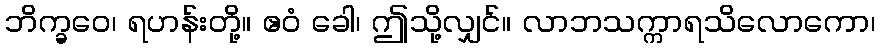
ဘိက္ခဝေ၊ ရဟန်းတို့။ ဧဝံ ခေါ၊ ဤသို့လျှင်။ လာဘသက္ကာရသိလောကော၊